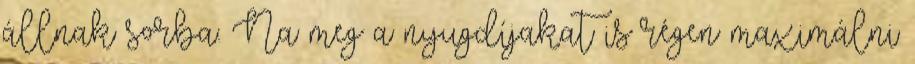
állnak sorba. Na meg a nyugdíjakat is régen maximálni